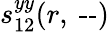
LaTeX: s_{12}^{yy}(r,~\textrm{--})